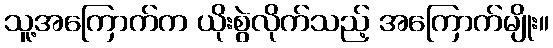
သူ့အကြောက်က ယိုးစွဲလိုက်သည့် အကြောက်မျိုး။